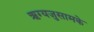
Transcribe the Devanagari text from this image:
ऋग्यजुसामके